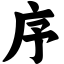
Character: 序